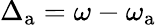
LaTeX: \Delta_{\mathrm{a}}=\omega-\omega_{\mathrm{a}}